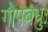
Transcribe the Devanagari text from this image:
गोपबंधुः